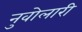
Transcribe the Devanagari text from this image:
नुवोलारी